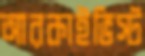
আরকাইভিস্ট